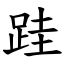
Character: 跬